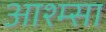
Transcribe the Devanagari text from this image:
आश्म्सा